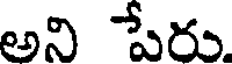
అని పేరు